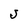
Character: J